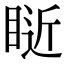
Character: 𥇐